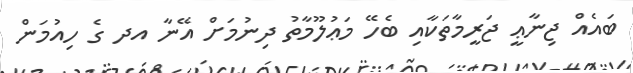
ބައެއް ޖިނާޢީ ޖަރީމާތަކާއި ބެހޭ މަޢުލޫމާތު ދިނުމަށް އޭނާ އދ ގެ ހިއުމަން